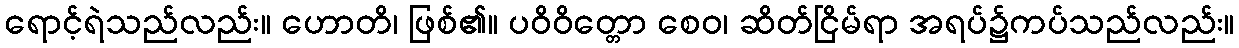
ရောင့်ရဲသည်လည်း။ ဟောတိ၊ ဖြစ်၏။ ပဝိဝိတ္တော စေဝ၊ ဆိတ်ငြိမ်ရာ အရပ်၌ကပ်သည်လည်း။